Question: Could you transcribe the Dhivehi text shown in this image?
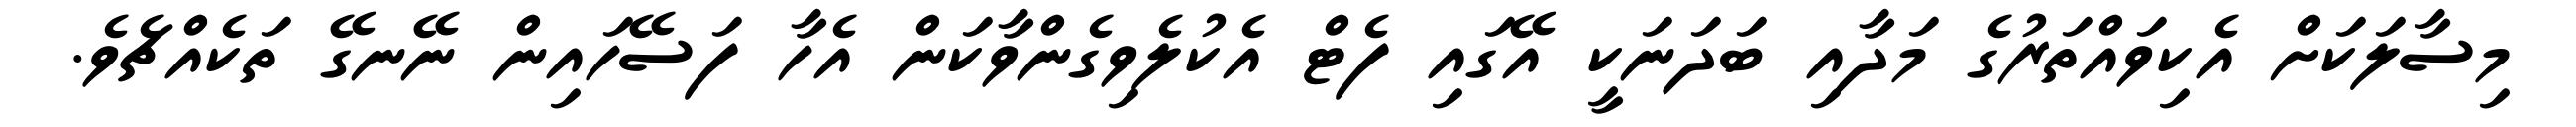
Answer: މިސާލަކަށް އެކިވައްތަރުގެ މަދާއި ބަދަނަކީ އޭގައި ފެޓް އެކުލެވިގެންވާކަން އެހާ ފަސޭހައިން ނޭނގޭ ތަކެއްޗެވެ.